Rangoon Lunatic Asylum 1878-1892 - 1878-1892
Year: 1878
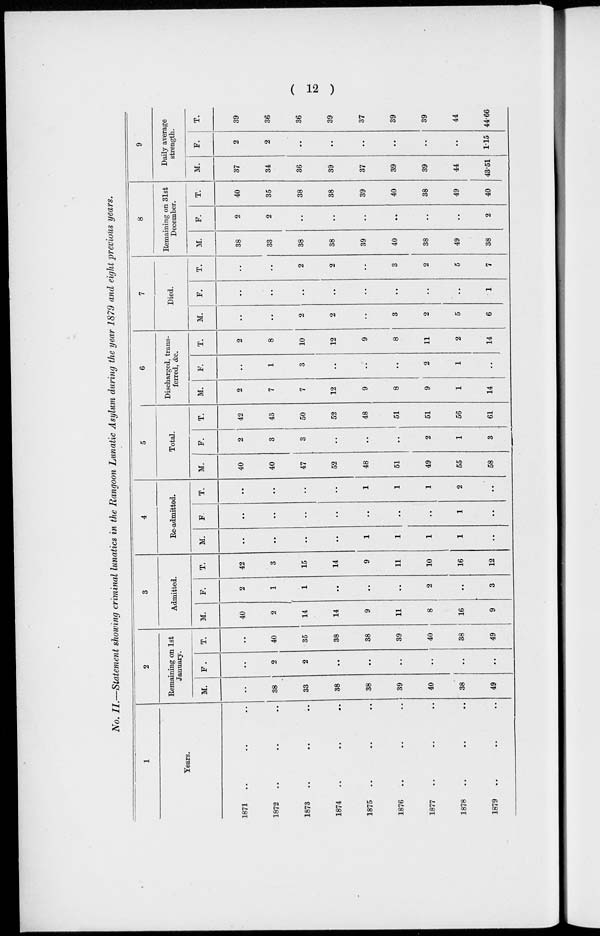
( 12 )
No. II.—Statement showing criminal lunatics in the Rangoon Lunatic Asylum during the year 1879 and eight previous years.
1
Years.
1871 .. .. ..
1872 .. .. ..
1873
..
..
..
1874 .. .. ..
1875
..
..
..
1876
..
..
..
1877 .. .. ..
1878 .. .. ..
1879 .. .. ..
2
Remaining on 1st
January.
M.
..
38
33
38
38
39
40
38
49
F.
..
2
2
..
..
..
..
..
..
T.
..
40
35
38
38
39
40
38
49
3
Admitted.
M.
40
2
14
14
9
11
8
16
9
F.
2
1
1
..
..
..
2
..
3
T.
42
3
15
14
9
11
10
16
12
4
Re-admitted.
M.
..
..
..
..
1
1
1
1
..
F.
..
..
..
..
..
..
..
1
..
T.
..
..
..
..
1
1
1
2
..
5
Total.
M.
40
40
47
52
48
51
49
55
58
F.
2
3
3
..
..
..
2
1
3
T.
42
43
50
52
48
51
51
56
61
6
Discharged, trans-
ferred, &c.
M.
2
7
7
12
9
8
9
1
14
F.
..
1
3
..
..
..
2
1
..
T.
2
8
10
12
9
8
11
2
14
7
Died.
M.
..
..
2
2
..
3
2
5
6
F.
..
..
..
..
..
..
..
..
1
T.
..
..
2
2
..
3
2
5
7
8
Remaining on 31st
December.
M.
38
33
38
38
39
40
38
49
38
F.
2
2
..
..
..
..
..
..
2
T.
40
35
38
38
39
40
38
49
40
9
Daily average
strength.
M.
37
34
36
39
37
39
39
44
43.51
F.
2
2
..
..
..
..
..
..
1.15
T.
39
36
36
39
37
39
39
44
44.66